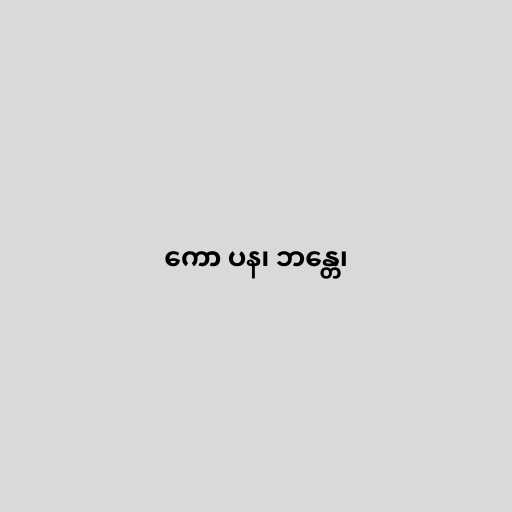
ကော ပန၊ ဘန္တေ၊